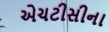
એચટીસીના